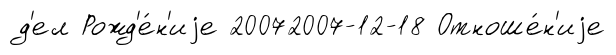
д'ел Рожд'е́н'иjе 20072007-12-18 Отноше́н'иjе